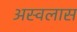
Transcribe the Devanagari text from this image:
अस्वलास